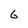
Character: 6